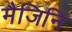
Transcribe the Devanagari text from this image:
मैजिनि